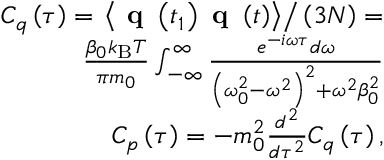
\begin{array} { r } { C _ { q } \left( \tau \right) = \left. \left< \textbf { q } \left( t _ { 1 } \right) \textbf { q } \left( t \right) \right> \right/ \left( 3 N \right) = } \\ { \frac { \beta _ { 0 } k _ { \mathrm { B } } T } { \pi m _ { 0 } } \int _ { - \infty } ^ { \infty } \frac { e ^ { - i \omega \tau } d \omega } { \left( \omega _ { 0 } ^ { 2 } - \omega ^ { 2 } \right) ^ { 2 } + \omega ^ { 2 } \beta _ { 0 } ^ { 2 } } } \\ { C _ { p } \left( \tau \right) = - m _ { 0 } ^ { 2 } \frac { d ^ { 2 } } { d \tau ^ { 2 } } C _ { q } \left( \tau \right) , } \end{array}